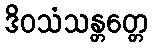
ဒိဝသံသန္တတ္တေ